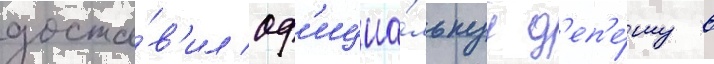
доста́в'ил оф'ициа́льнуу д'еп'е́шу в